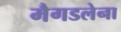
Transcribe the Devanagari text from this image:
मैगडलेना